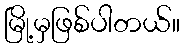
မြို့မှဖြစ်ပါတယ်။